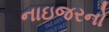
નાઇજરનો